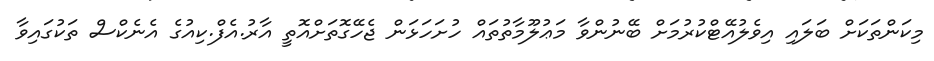
މިކަންތަކަށް ބަލައި އިވެލުއޭޓްކުރުމަށް ބޭނުންވާ މަޢުލޫމާތުތައް ހުށަހަޅަން ޖެހޭގޮތަށްއޮތީ އާރު.އެފް.ކިއުގެ އެނެކްސް ތަކުގައިވާ